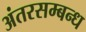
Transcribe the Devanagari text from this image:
अंतरसम्बन्ध